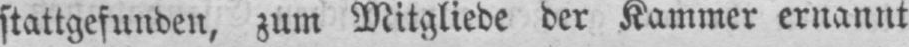
stattgefunden, zum Mitgliede der Kammer ernannt